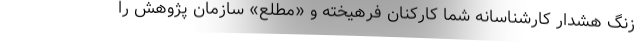
زنگ هشدار کارشناسانه شما کارکنان فرهیخته و «مطّلع» سازمان پژوهش را